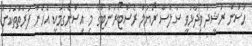
ހަސަން ރަޝީދު ވިދާޅުވީ ސަލްސާ ރޯޔަލް ރެސްޓޯރަންޓްގެ މި އިސްނެގުމަކީ އެހެން ފަރާތްތަކަށް